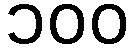
၁၀၀